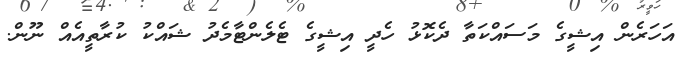
އަހަރެން އިޝީގެ މަސައްކަތާ ދެކޮޅު ހެދީ އިޝީގެ ޓެލެންޓާމެދު ޝައްކު ކުރާތީއެއް ނޫން.